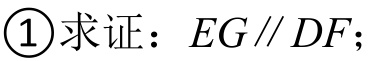
\textcircled{1}求证：\(EG\parallel DF\)；